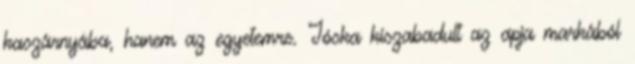
kaszárnyába, hanem az egyetemre. Jóska kiszabadult az apja markából